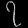
Digit: ၇